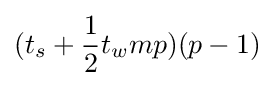
(t_{s}+{\frac {1}{2}}t_{w}mp)(p-1)